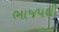
ભાજપથી